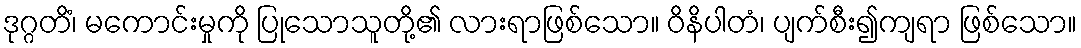
ဒုဂ္ဂတိံ၊ မကောင်းမှုကို ပြုသောသူတို့၏ လားရာဖြစ်သော။ ဝိနိပါတံ၊ ပျက်စီး၍ကျရာ ဖြစ်သော။